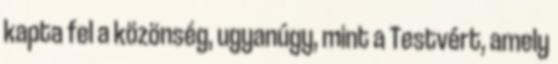
kapta fel a közönség, ugyanúgy, mint a Testvért, amely